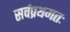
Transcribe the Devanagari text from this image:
सर्वप्रथमतः